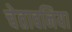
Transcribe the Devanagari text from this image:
चेतावनिया